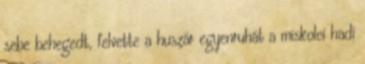
sebe behegedt, felvette a huszár egyenruhát a miskolci hadi